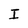
Character: I